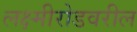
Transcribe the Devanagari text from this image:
लक्ष्मीरोडवरील